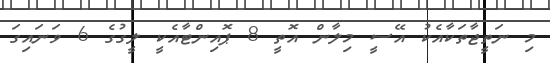
މި ނަތީޖާތަކާއެކު އޭސީ މިލާން އޮތީ 8 ޕޮއިންޓާއެކީ ލީގުގެ 6 ވަނައިގަ